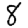
Digit: 8